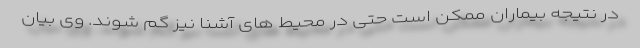
در نتیجه بیماران ممکن است حتی در محیط های آشنا نیز گم شوند. وی بیان